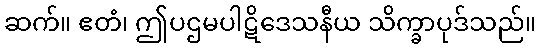
ဆက်။ ဧတံ၊ ဤပဌမပါဋိဒေသနီယ သိက္ခာပုဒ်သည်။